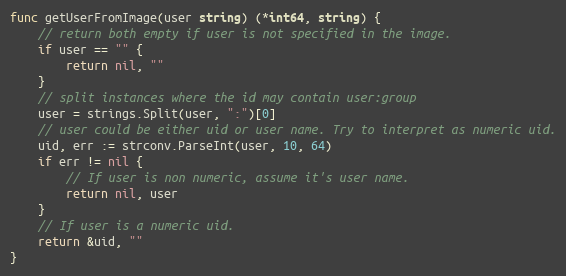
Language: Go
func getUserFromImage(user string) (*int64, string) {
	// return both empty if user is not specified in the image.
	if user == "" {
		return nil, ""
	}
	// split instances where the id may contain user:group
	user = strings.Split(user, ":")[0]
	// user could be either uid or user name. Try to interpret as numeric uid.
	uid, err := strconv.ParseInt(user, 10, 64)
	if err != nil {
		// If user is non numeric, assume it's user name.
		return nil, user
	}
	// If user is a numeric uid.
	return &uid, ""
}